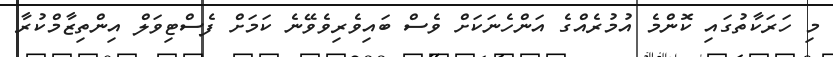
މި ހަރަކާތުގައި ކޮންމެ އުމުރެއްގެ އަންހެނަކަށް ވެސް ބައިވެރިވެވޭނެ ކަމަށް ފެސްޓިވަލް އިންތިޒާމްކުރާ